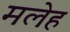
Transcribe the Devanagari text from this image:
मलेह